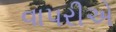
વાપરીએ